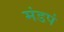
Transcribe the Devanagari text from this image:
मंडपं